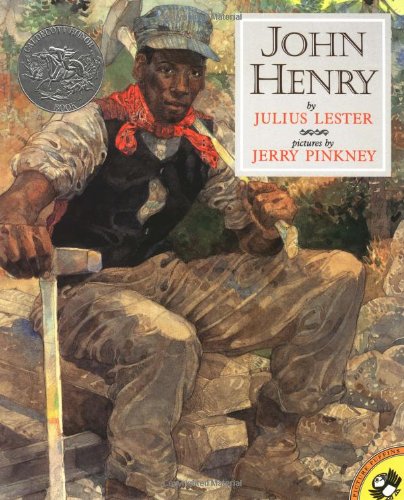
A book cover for John Henry (Picture Puffins); Julius Lester; Children's Books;